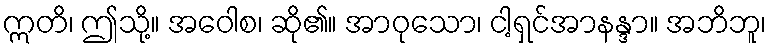
ဣတိ၊ ဤသို့။ အဝေါစ၊ ဆို၏။ အာဝုသော၊ ငါ့ရှင်အာနန္ဒာ။ အဘိဘူ၊